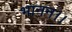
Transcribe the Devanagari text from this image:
भानन।।